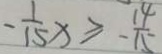
- \frac { 1 } { 1 5 } x \geqslant - \frac { 1 4 } { 1 5 }